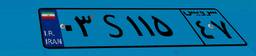
۷۱S۲۰۰۵۷